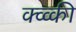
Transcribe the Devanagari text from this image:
क्व्व्की